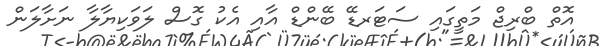
އޮތް ބްރިޖް މަތީގައި ސަޓަރޑޭ ބޭންޑް އާއި އެކު ގޮސް ލަވަކިޔާލާ ނަށާލަން